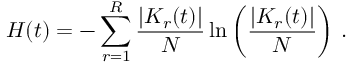
H ( t ) = - \sum _ { r = 1 } ^ { R } \frac { | K _ { r } ( t ) | } { N } \ln \left( \frac { | K _ { r } ( t ) | } { N } \right) \, .